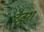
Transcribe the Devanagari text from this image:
टैटूश